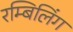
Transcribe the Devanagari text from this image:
रम्बिलिंग